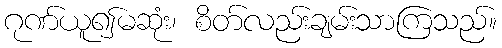
ဂုဏ်ယူ၍မဆုံး၊ စိတ်လည်းချမ်းသာကြသည်။